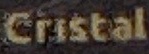
Cristal